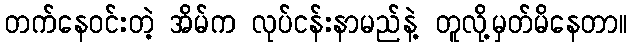
တက်နေဝင်းတဲ့ အိမ်က လုပ်ငန်းနာမည်နဲ့ တူလို့မှတ်မိနေတာ။